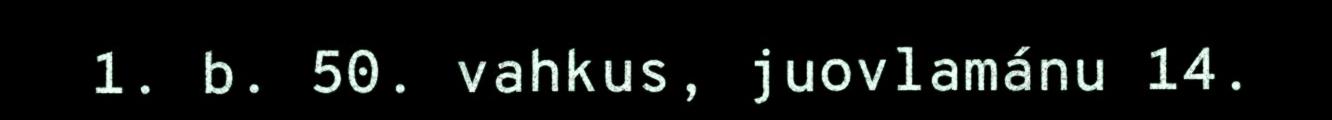
1. b. 50. vahkus, juovlamánu 14.